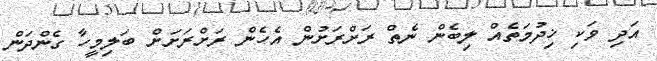
އަދި ވަކި ޚިދުމަތެއް ލިބެން ނެތް ރަށްރަށުން އެހެން ރަށްރަށަށް ބަލިމީހާ ގެންދަން